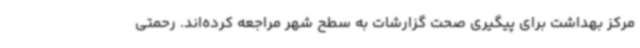
مرکز بهداشت برای پیگیری صحت گزارشات به سطح شهر مراجعه کرده‌اند. رحمتی